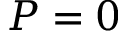
P = 0